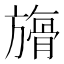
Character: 𣄘